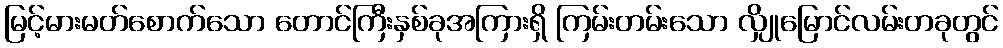
မြင့်မားမတ်စောက်သော တောင်ကြီးနှစ်ခုအကြားရှိ ကြမ်းတမ်းသော လျှိုမြောင်လမ်းတခုတွင်